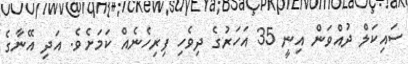
ސައިކަލް ދުއްވަން އިނީ 35 އަހަރުގެ ދިވެހި ފިރިހެނެއް ކަމަށެވެ. އަދި އޭނާގެ